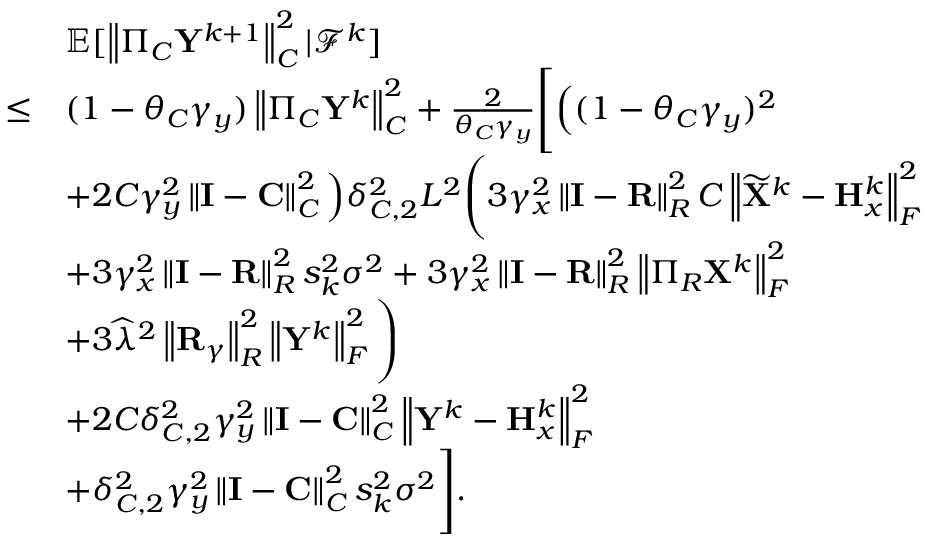
\begin{array} { r l } & { { \mathbb { E } } [ \left\| \Pi _ { C } { \mathbf { Y } } ^ { k + 1 } \right\| _ { C } ^ { 2 } \vert { \mathcal { F } } ^ { k } ] } \\ { \leq } & { ( 1 - \theta _ { C } \gamma _ { y } ) \left\| \Pi _ { C } { \mathbf { Y } } ^ { k } \right\| _ { C } ^ { 2 } + \frac { 2 } { \theta _ { C } \gamma _ { y } } \Bigg [ \Big ( ( 1 - \theta _ { C } \gamma _ { y } ) ^ { 2 } } \\ & { + 2 C \gamma _ { y } ^ { 2 } \left\| { \mathbf { I } } - { \mathbf { C } } \right\| _ { C } ^ { 2 } \Big ) \delta _ { C , 2 } ^ { 2 } L ^ { 2 } \Bigg ( 3 \gamma _ { x } ^ { 2 } \left\| { \mathbf { I } } - { \mathbf { R } } \right\| _ { R } ^ { 2 } C \left\| \widetilde { { \mathbf { X } } } ^ { k } - { \mathbf { H } } _ { x } ^ { k } \right\| _ { F } ^ { 2 } } \\ & { + 3 \gamma _ { x } ^ { 2 } \left\| { \mathbf { I } } - { \mathbf { R } } \right\| _ { R } ^ { 2 } s _ { k } ^ { 2 } \sigma ^ { 2 } + 3 \gamma _ { x } ^ { 2 } \left\| { \mathbf { I } } - { \mathbf { R } } \right\| _ { R } ^ { 2 } \left\| \Pi _ { R } { \mathbf { X } } ^ { k } \right\| _ { F } ^ { 2 } } \\ & { + 3 \widehat { \lambda } ^ { 2 } \left\| { \mathbf { R } } _ { \gamma } \right\| _ { R } ^ { 2 } \left\| { \mathbf { Y } } ^ { k } \right\| _ { F } ^ { 2 } \Bigg ) } \\ & { + 2 C \delta _ { C , 2 } ^ { 2 } \gamma _ { y } ^ { 2 } \left\| { \mathbf { I } } - { \mathbf { C } } \right\| _ { C } ^ { 2 } \left\| { \mathbf { Y } } ^ { k } - { \mathbf { H } } _ { x } ^ { k } \right\| _ { F } ^ { 2 } } \\ & { + \delta _ { C , 2 } ^ { 2 } \gamma _ { y } ^ { 2 } \left\| { \mathbf { I } } - { \mathbf { C } } \right\| _ { C } ^ { 2 } s _ { k } ^ { 2 } \sigma ^ { 2 } \Bigg ] . } \end{array}